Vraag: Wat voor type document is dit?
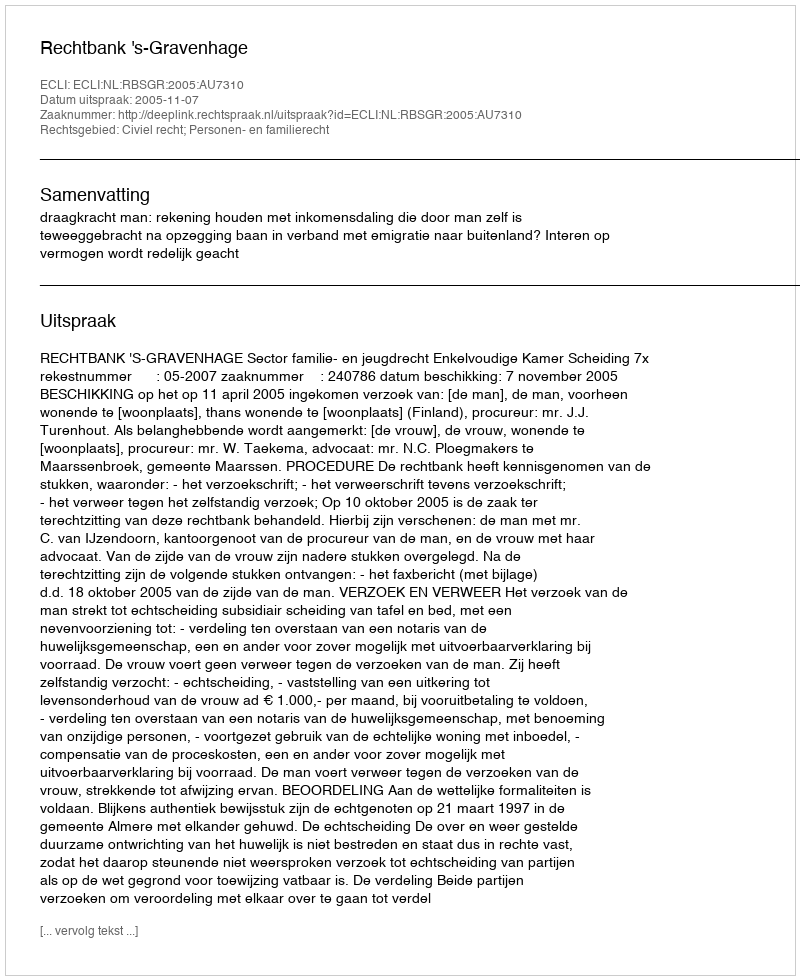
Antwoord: Uitspraak